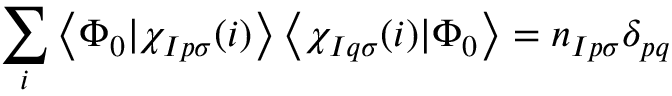
\sum _ { i } \left< \Phi _ { 0 } | \chi _ { I p \sigma } ( i ) \right> \left< \chi _ { I q \sigma } ( i ) | \Phi _ { 0 } \right> = n _ { I p \sigma } \delta _ { p q }